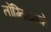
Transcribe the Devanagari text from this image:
तोंग्तियान्हे